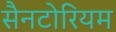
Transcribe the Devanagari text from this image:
सैनटोरियम